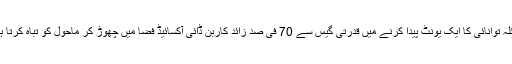
کوئلہ توانائی کا ایک یونٹ پیدا کرنے میں قدرتی گیس سے 70 فی صد زائد کاربن ڈائی آکسائیڈ فضا میں چھوڑ کر ماحول کو تباہ کرتا ہے۔